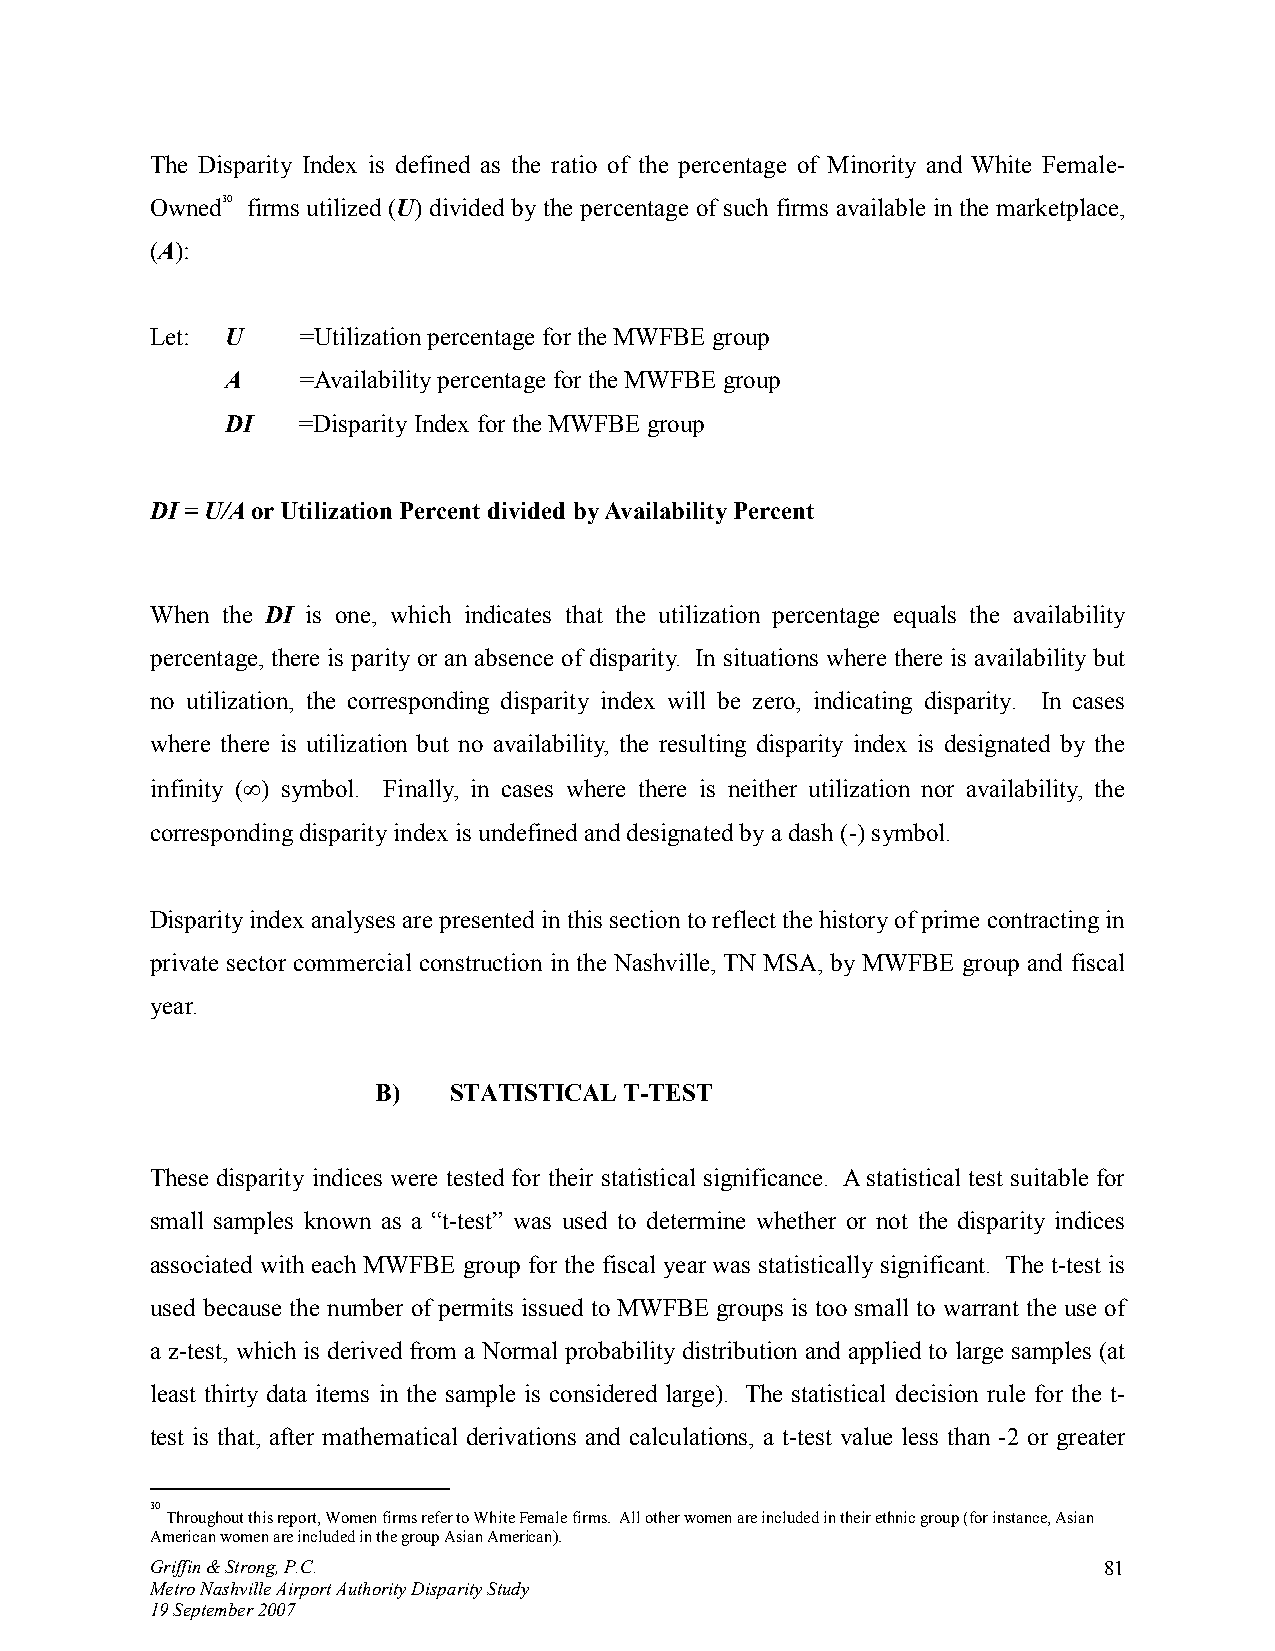
The Disparity Index is defined as the ratio of the percentage of Minority and White Female-
 Owned30 firms utilized (U) divided by the percentage of such firms available in the marketplace,
 (A):
 Let: U    =Utilization percentage for the MWFBE group
 A    =Availability percentage for the MWFBE group
 DI   =Disparity Index for the MWFBE group
 DI = U/A or Utilization Percent divided by Availability Percent
 When the DI is one, which indicates that the utilization percentage equals the availability
 percentage, there is parity or an absence of disparity. In situations where there is availability but
 no utilization, the corresponding disparity index will be zero, indicating disparity. In cases
 where there is utilization but no availability, the resulting disparity index is designated by the
 infinity (∞) symbol. Finally, in cases where there is neither utilization nor availability, the
 corresponding disparity index is undefined and designated by a dash (-) symbol.
 Disparity index analyses are presented in this section to reflect the history of prime contracting in
 private sector commercial construction in the Nashville, TN MSA, by MWFBE group and fiscal
 year.
 B)   STATISTICAL T-TEST
 These disparity indices were tested for their statistical significance. A statistical test suitable for
 small samples known as a “t-test” was used to determine whether or not the disparity indices
 associated with each MWFBE group for the fiscal year was statistically significant. The t-test is
 used because the number of permits issued to MWFBE groups is too small to warrant the use of
 a z-test, which is derived from a Normal probability distribution and applied to large samples (at
 least thirty data items in the sample is considered large). The statistical decision rule for the t-
 test is that, after mathematical derivations and calculations, a t-test value less than -2 or greater
 30
 Throughout this report, Women firms refer to White Female firms. All other women are included in their ethnic group (for instance, Asian
 American women are included in the group Asian American).
 Griffin & Strong, P.C.                                         81
 Metro Nashville Airport Authority Disparity Study
 19 September 2007